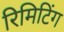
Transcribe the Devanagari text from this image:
रिमिटिंग